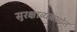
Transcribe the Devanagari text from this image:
सुरक्षाव्यवस्थेत